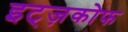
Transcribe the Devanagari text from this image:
इट्ज़कोफ